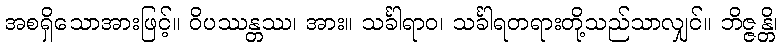
အစရှိသောအားဖြင့်။ ဝိပဿန္တဿ၊ အား။ သင်္ခါရာဝ၊ သင်္ခါရတရားတို့သည်သာလျှင်။ ဘိဇ္ဇန္တိ၊